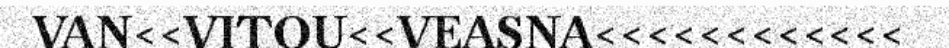
VAN<<VITOU<<VEASNA<<<<<<<<<<<<